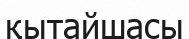
қытайшасы